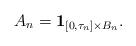
LaTeX: \begin{align*} A_n = \mathbf 1_{[0,\tau_n]\times B_n}.\end{align*}